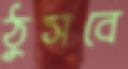
ঠুসবে